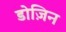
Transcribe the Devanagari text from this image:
डोज़िन